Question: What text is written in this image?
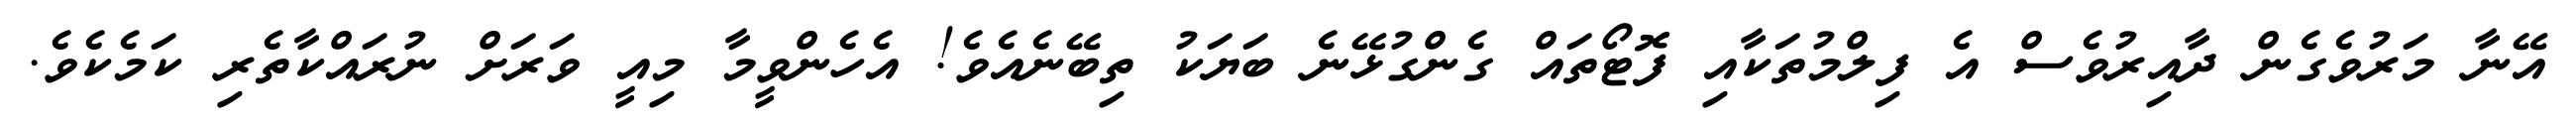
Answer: އޭނާ މަރުވެގެން ދާއިރުވެސް އެ ފިލްމުތަކާއި ފޮޓޯތައް ގެންގުޅޭނެ ބަޔަކު ތިބޭނެއެވެ! އެހެންވީމާ މިއީ ވަރަށް ނުރައްކާތެރި ކަމެކެވެ.